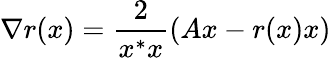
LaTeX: \nabla r(x)={\frac{2}{x^{*}x}}(Ax-r(x)x)